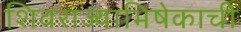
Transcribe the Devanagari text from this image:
शिवराज्याभिषेकाची